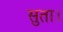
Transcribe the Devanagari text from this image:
सुता।